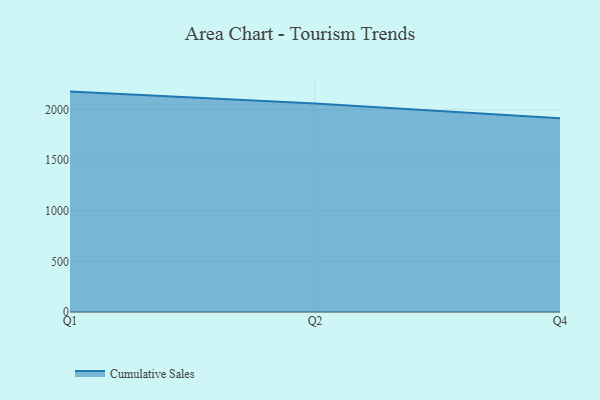
{"axis": {"x": "Quarter", "y": "Production Output"}, "legend": ["Cumulative Sales"], "data": [{"x": "Q1", "y": 2175.7, "type": "Cumulative Sales"}, {"x": "Q2", "y": 2058.6, "type": "Cumulative Sales"}, {"x": "Q4", "y": 1913.5, "type": "Cumulative Sales"}]}